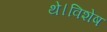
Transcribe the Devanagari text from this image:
थे।विशेष